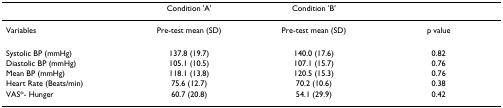
<table><thead><tr><td></td><td><b>Condition &#x27;A&#x27;</b></td><td><b>Condition &#x27;B&#x27;</b></td><td></td></tr></thead><tbody><tr><td>Variables</td><td>Pre-test mean (SD)</td><td>Pre-test mean (SD)</td><td>p value</td></tr><tr><td>Systolic BP (mmHg)</td><td>137.8 (19.7)</td><td>140.0 (17.6)</td><td>0.82</td></tr><tr><td>Diastolic BP (mmHg)</td><td>105.1 (10.5)</td><td>107.1 (15.7)</td><td>0.76</td></tr><tr><td>Mean BP (mmHg)</td><td>118.1 (13.8)</td><td>120.5 (15.3)</td><td>0.76</td></tr><tr><td>Heart Rate (Beats/min)</td><td>75.6 (12.7)</td><td>70.2 (10.6)</td><td>0.38</td></tr><tr><td>VAS*- Hunger</td><td>60.7 (20.8)</td><td>54.1 (29.9)</td><td>0.42</td></tr></tbody></table>